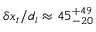
\delta x _ { t } / d _ { i } \approx 4 5 _ { - 2 0 } ^ { + 4 9 }